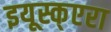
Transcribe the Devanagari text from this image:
इयूस्क्एरा